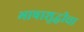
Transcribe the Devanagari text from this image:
भाषाशुद्धीचा